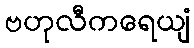
ဗဟုလီကရေယျံ